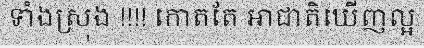
ទាំងស្រុង !!!! កោតតែ អាជាតិឃើញល្អ